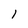
Character: l